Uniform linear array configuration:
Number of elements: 24
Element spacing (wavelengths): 1
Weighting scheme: binomial
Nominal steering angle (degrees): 60
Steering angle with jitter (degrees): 61.485
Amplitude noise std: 0.05
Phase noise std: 0.05

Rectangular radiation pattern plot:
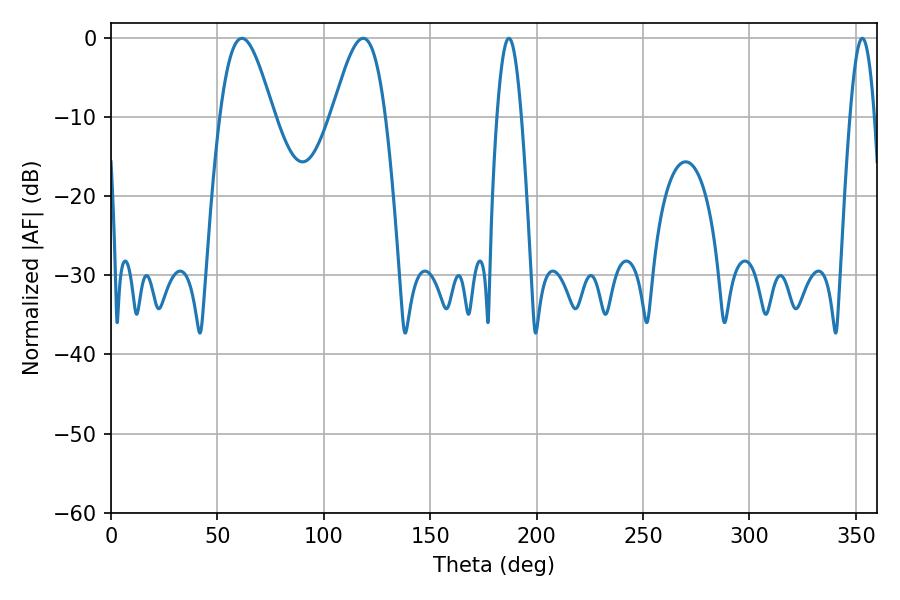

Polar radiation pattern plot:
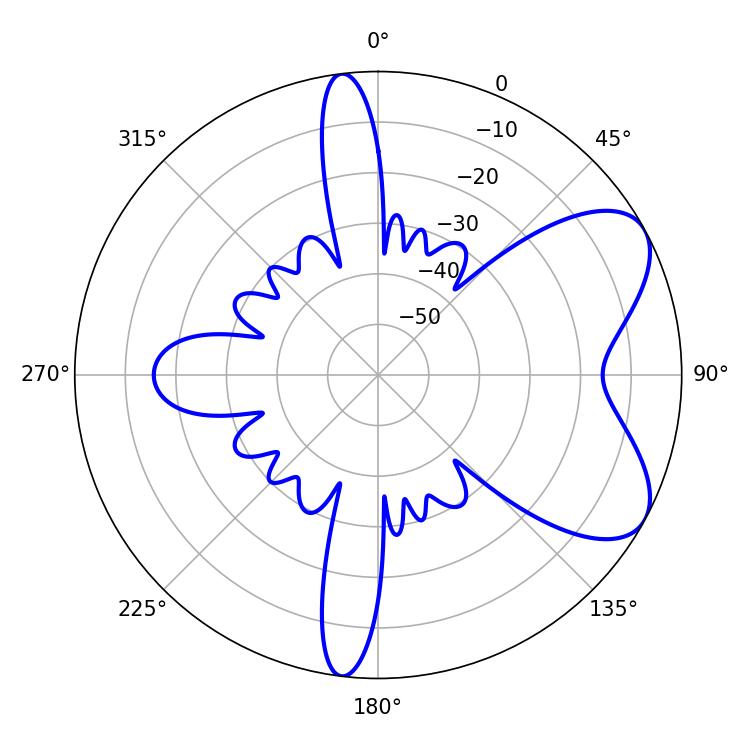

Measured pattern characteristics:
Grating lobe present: TRUE
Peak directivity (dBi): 6.658
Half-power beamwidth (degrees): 13.5
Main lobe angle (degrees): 61.56